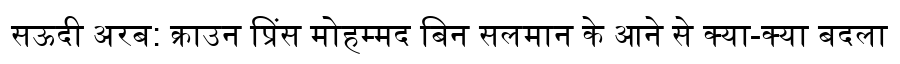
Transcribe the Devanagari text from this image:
सऊदी अरब: क्राउन प्रिंस मोहम्मद बिन सलमान के आने से क्या-क्या बदला